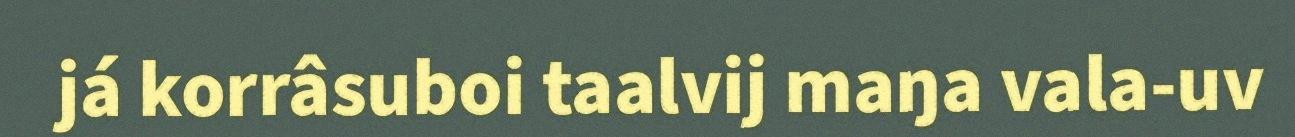
já korrâsuboi taalvij maŋa vala-uv